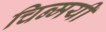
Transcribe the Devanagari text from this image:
चिन्मयी